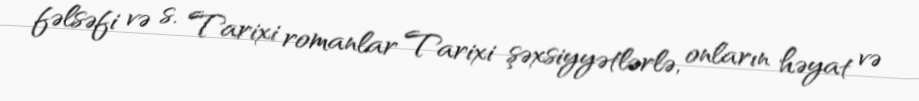
fəlsəfi və s. Tarixi romanlar Tarixi şəxsiyyətlərlə, onların həyat və